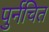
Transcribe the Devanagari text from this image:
पुर्नचित